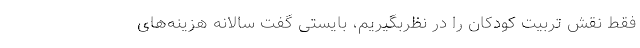
فقط نقش تربیت کودکان را در نظربگیریم، بایستی گفت سالانه هزینه‌های